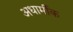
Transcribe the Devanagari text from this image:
अधार्मीक